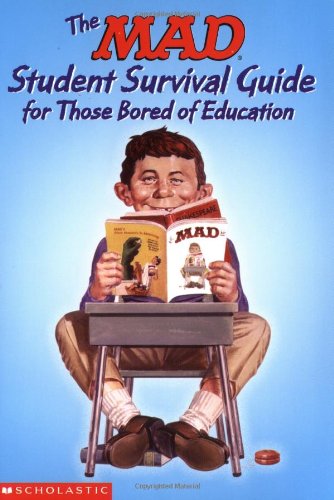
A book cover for The Mad Student Survival Guide For Those Bored Of Education (Mad Magazine); Usual Gang Of Idiots; Children's Books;